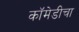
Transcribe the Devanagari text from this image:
कॉमेडीचा